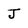
Character: J